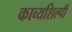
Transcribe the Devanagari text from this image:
काव्यशिल्पी